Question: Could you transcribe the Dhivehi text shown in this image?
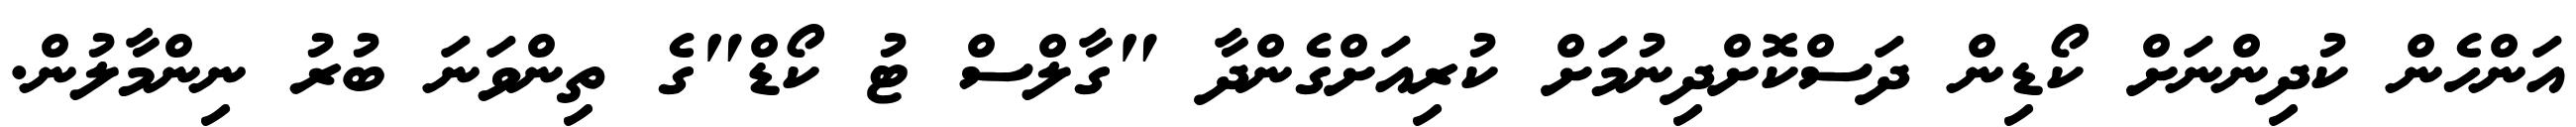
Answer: އަންހެން ކުދިންނަށް ކޯޑިން ދަސްކޮށްދިނުމަށް ކުރިއަށްގެންދާ "ގާލްސް ޓު ކޯޑް"ގެ ތިންވަނަ ބުރު ނިންމާލުން.